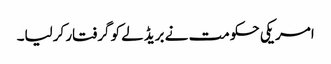
امریکی حکومت نے بریڈلے کو گرفتار کرلیا۔